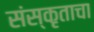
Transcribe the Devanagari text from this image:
संस्कृताचा